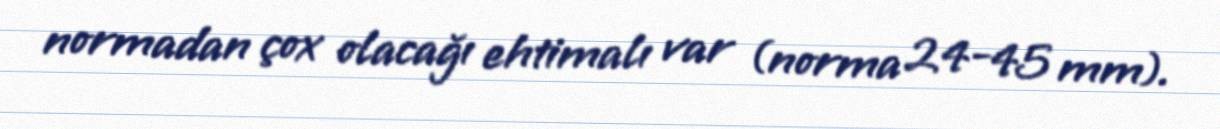
normadan çox olacağı ehtimalı var (norma 24-45 mm).